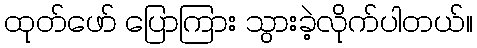
ထုတ်ဖော် ပြောကြား သွားခဲ့လိုက်ပါတယ်။